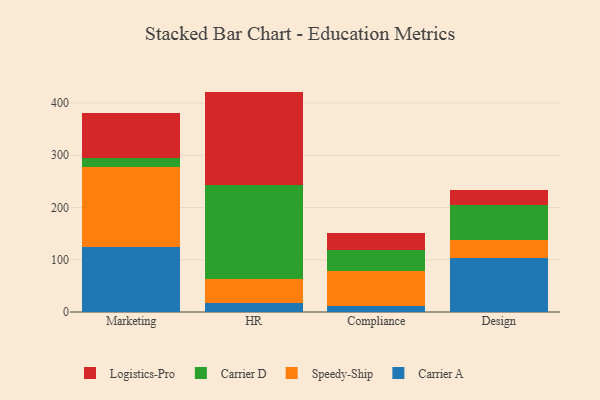
{"axis": {"x": "Department", "y": "Tickets Resolved"}, "legend": ["Carrier A", "Carrier D", "Logistics-Pro", "Speedy-Ship"], "data": [{"x": "Marketing", "y": 125.1, "type": "Carrier A"}, {"x": "Marketing", "y": 152.3, "type": "Speedy-Ship"}, {"x": "Marketing", "y": 16.5, "type": "Carrier D"}, {"x": "Marketing", "y": 87.4, "type": "Logistics-Pro"}, {"x": "HR", "y": 17.7, "type": "Carrier A"}, {"x": "HR", "y": 45.9, "type": "Speedy-Ship"}, {"x": "HR", "y": 180.0, "type": "Carrier D"}, {"x": "HR", "y": 178.2, "type": "Logistics-Pro"}, {"x": "Compliance", "y": 12.1, "type": "Carrier A"}, {"x": "Compliance", "y": 66.6, "type": "Speedy-Ship"}, {"x": "Compliance", "y": 40.9, "type": "Carrier D"}, {"x": "Compliance", "y": 31.6, "type": "Logistics-Pro"}, {"x": "Design", "y": 102.8, "type": "Carrier A"}, {"x": "Design", "y": 34.6, "type": "Speedy-Ship"}, {"x": "Design", "y": 66.6, "type": "Carrier D"}, {"x": "Design", "y": 28.7, "type": "Logistics-Pro"}]}